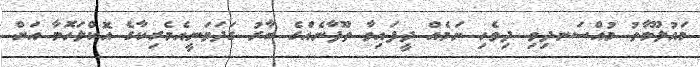
މައުލޫމާތު މުއްސަނދިވި ދިވެހި ނަމެއް ދީފައިވާ ތޫފާނެއްގެ ބާރު ގަދަވަނީއެމެރިކާގެ އޮކްލަހޮމާ އަށް